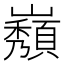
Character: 𡾫